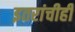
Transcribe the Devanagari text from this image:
इतरांचीही